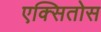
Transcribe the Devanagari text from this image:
एक्सितोस